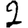
Digit: 2